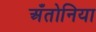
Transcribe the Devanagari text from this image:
अँतोनिया